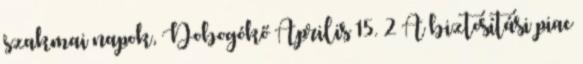
szakmai napok, Dobogókő Április 15. 2 A biztosítási piac